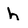
Character: h